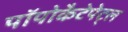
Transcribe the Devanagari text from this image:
पॉपोकैटेपेट्ल